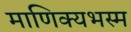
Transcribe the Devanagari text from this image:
माणिक्यभस्म